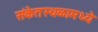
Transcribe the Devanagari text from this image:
संकेतस्थळामध्ये